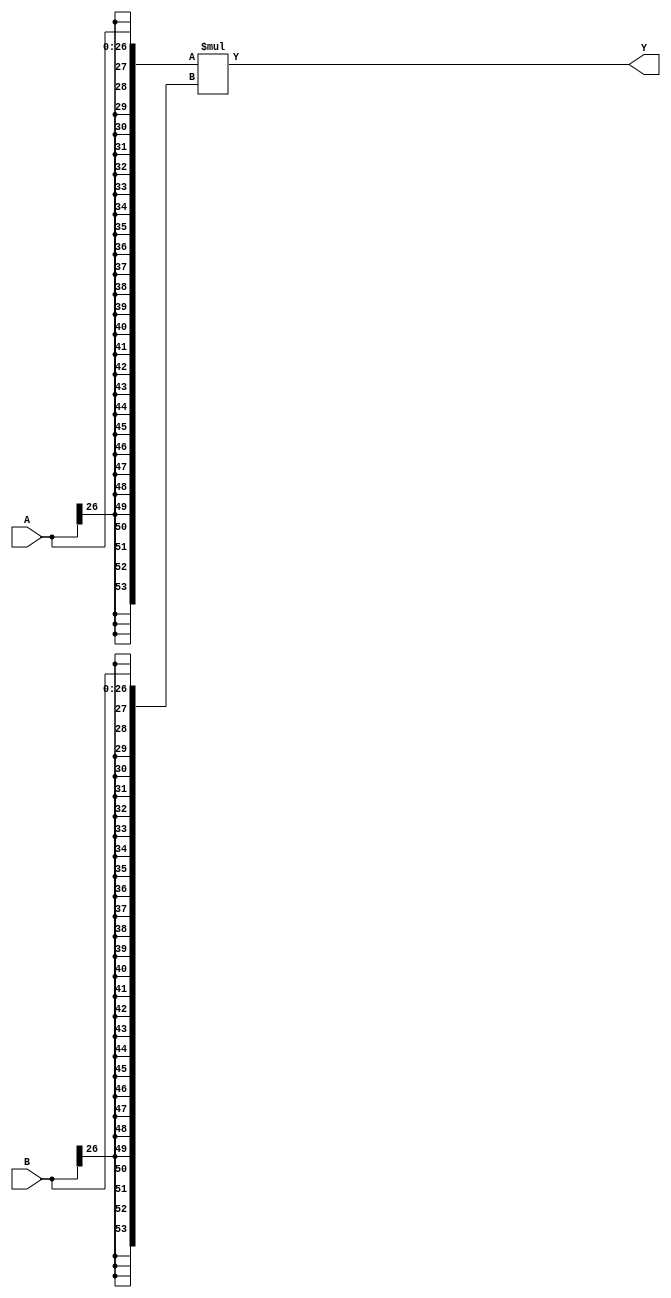
// This program was cloned from: https://github.com/Digital-EDA/Digital-IDE
// License: MIT License

`default_nettype none

(* abc9_box *)
module MISTRAL_MUL27X27(input [26:0] A, input [26:0] B, output [53:0] Y);

parameter A_SIGNED = 1;
parameter B_SIGNED = 1;

`ifdef cyclonev
specify
    (A *> Y) = 3732;
    (B *> Y) = 3928;
endspecify
`endif
`ifdef arriav
// NOTE: Arria V appears to have only one set of timings for all DSP modes...
specify
    (A *> Y) = 1895;
    (B *> Y) = 2053;
endspecify
`endif
`ifdef cyclone10gx
// TODO: Cyclone 10 GX timings; the below are for Cyclone V
specify
    (A *> Y) = 3732;
    (B *> Y) = 3928;
endspecify
`endif

wire [53:0] A_, B_;

if (A_SIGNED)
    assign A_ = $signed(A);
else
    assign A_ = $unsigned(A);

if (B_SIGNED)
    assign B_ = $signed(B);
else
    assign B_ = $unsigned(B);

assign Y = A_ * B_;

endmodule

(* abc9_box *)
module MISTRAL_MUL18X18(input [17:0] A, input [17:0] B, output [35:0] Y);

parameter A_SIGNED = 1;
parameter B_SIGNED = 1;

`ifdef cyclonev
specify
    (A *> Y) = 3180;
    (B *> Y) = 3982;
endspecify
`endif
`ifdef arriav
// NOTE: Arria V appears to have only one set of timings for all DSP modes...
specify
    (A *> Y) = 1895;
    (B *> Y) = 2053;
endspecify
`endif
`ifdef cyclone10gx
// TODO: Cyclone 10 GX timings; the below are for Cyclone V
specify
    (A *> Y) = 3180;
    (B *> Y) = 3982;
endspecify
`endif

wire [35:0] A_, B_;

if (A_SIGNED)
    assign A_ = $signed(A);
else
    assign A_ = $unsigned(A);

if (B_SIGNED)
    assign B_ = $signed(B);
else
    assign B_ = $unsigned(B);

assign Y = A_ * B_;

endmodule

(* abc9_box *)
module MISTRAL_MUL9X9(input [8:0] A, input [8:0] B, output [17:0] Y);

parameter A_SIGNED = 1;
parameter B_SIGNED = 1;

`ifdef cyclonev
specify
    (A *> Y) = 2818;
    (B *> Y) = 3051;
endspecify
`endif
`ifdef arriav
// NOTE: Arria V appears to have only one set of timings for all DSP modes...
specify
    (A *> Y) = 1895;
    (B *> Y) = 2053;
endspecify
`endif
`ifdef cyclone10gx
// TODO: Cyclone 10 GX timings; the below are for Cyclone V
specify
    (A *> Y) = 2818;
    (B *> Y) = 3051;
endspecify
`endif

wire [17:0] A_, B_;

if (A_SIGNED)
    assign A_ = $signed(A);
else
    assign A_ = $unsigned(A);

if (B_SIGNED)
    assign B_ = $signed(B);
else
    assign B_ = $unsigned(B);

assign Y = A_ * B_;

endmodule